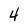
Character: 4